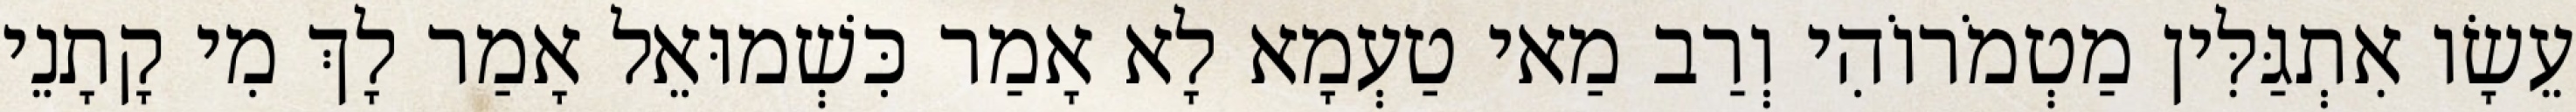
עֵשָׂו אִתְגַּלִּין מַטְמֹרוֹהִי וְרַב מַאי טַעְמָא לָא אָמַר כִּשְׁמוּאֵל אָמַר לָךְ מִי קָתָנֵי